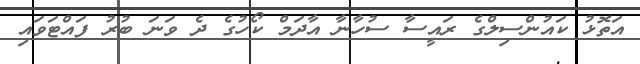
އަތޮޅު ކައުންސިލްގެ ރައީސާ ސުހާނާ އާދަމް ކޯހުގެ ދެ ވަނަ ބުރު ފައްޓަވައި